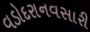
વડોદરાનવસારી